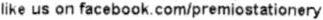
LIKE US ON FACEBOOK.COM/PREMIOSTATIONERY